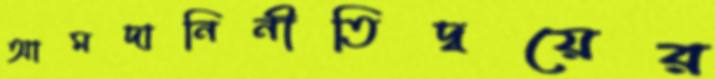
আমদানিনীতিদ্বয়ের